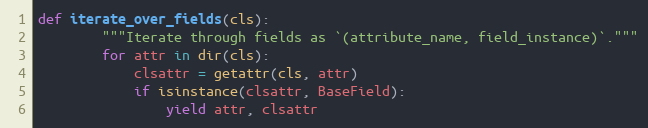
Language: Python
def iterate_over_fields(cls):
        """Iterate through fields as `(attribute_name, field_instance)`."""
        for attr in dir(cls):
            clsattr = getattr(cls, attr)
            if isinstance(clsattr, BaseField):
                yield attr, clsattr